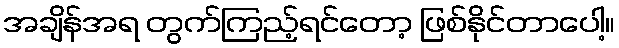
အချိန်အရ တွက်ကြည့်ရင်တော့ ဖြစ်နိုင်တာပေါ့။